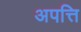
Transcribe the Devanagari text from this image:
अपत्ति